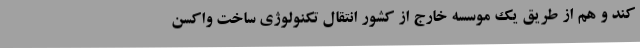
کند و هم از طریق یک موسسه خارج از کشور انتقال تکنولوژی ساخت واکسن